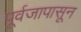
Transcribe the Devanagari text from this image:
पूर्वजापासून